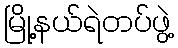
မြို့နယ်ရဲတပ်ဖွဲ့